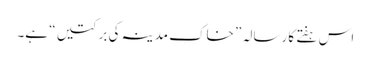
اس ہفتے کا رسالہ ” خاکِ مدینہ کی برکتیں “ ہے۔